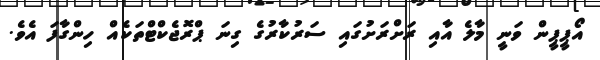
އޯޕީޕީން ވަނީ މާލެ އާއި ރަށްރަށުގައި ސަރުކާރުގެ ގިނަ ޕްރޮޖެކްޓްތަކެއް ހިންގާފަ އެވެ.